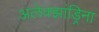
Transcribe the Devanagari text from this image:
अलेक्झांड्रिना